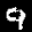
Label: 9